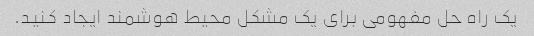
یک راه حل مفهومی برای یک مشکل محیط هوشمند ایجاد کنید.